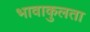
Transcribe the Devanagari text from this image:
भावाकुलता